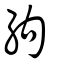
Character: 絇